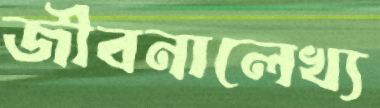
জীবনালেখ্য